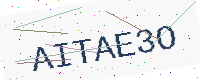
Text: AITAE3O